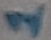
Text: 1